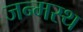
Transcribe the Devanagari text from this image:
जन्मस्थ